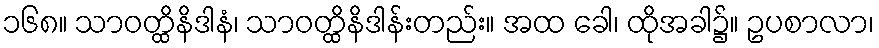
၁၆၈။ သာဝတ္ထိနိဒါနံ၊ သာဝတ္ထိနိဒါန်းတည်း။ အထ ခေါ၊ ထိုအခါ၌။ ဥပစာလာ၊